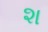
શ